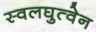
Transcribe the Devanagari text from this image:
स्वलघुत्वेन